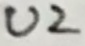
Text: U2